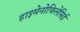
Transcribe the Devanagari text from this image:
हाइमेनोफिलेसिई